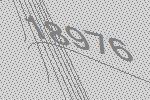
18976